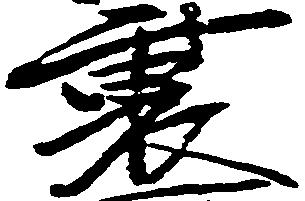
裏